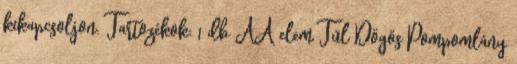
kikapcsoljon. Tartozékok: 1 db AA elem Túl Dögös Pompomlány